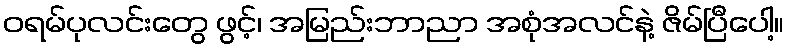
ဝရမ်ပုလင်းတွေ ဖွင့်၊ အမြည်းဘာညာ အစုံအလင်နဲ့ ဇိမ်ပြီပေါ့။